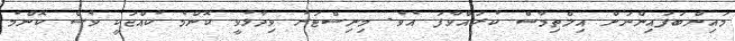
މައިންބަފައިންނަށް އިލްތިމާސް ކުރައްވާފަ އެވެ. މިނިސްޓަރު ވިދާޅުވީ ކޮންމެ ކުއްޖަކީ ވެސް ކޮންމެ